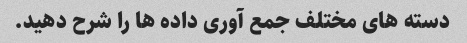
دسته های مختلف جمع آوری داده ها را شرح دهید.